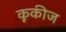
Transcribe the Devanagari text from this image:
कूकीज